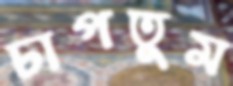
চাপতুম